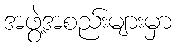
အဖွဲ့အစည်းများမှာ